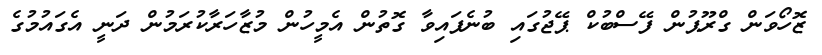
ޒޮހޯވަން ގްރޫޕުން ފޭސްބުކް ޕޭޖުގައި ބުނެފައިވާ ގޮތުން އެމީހުން މުޒާހަރާކުރަމުން ދަނީ އެގައުމުގެ